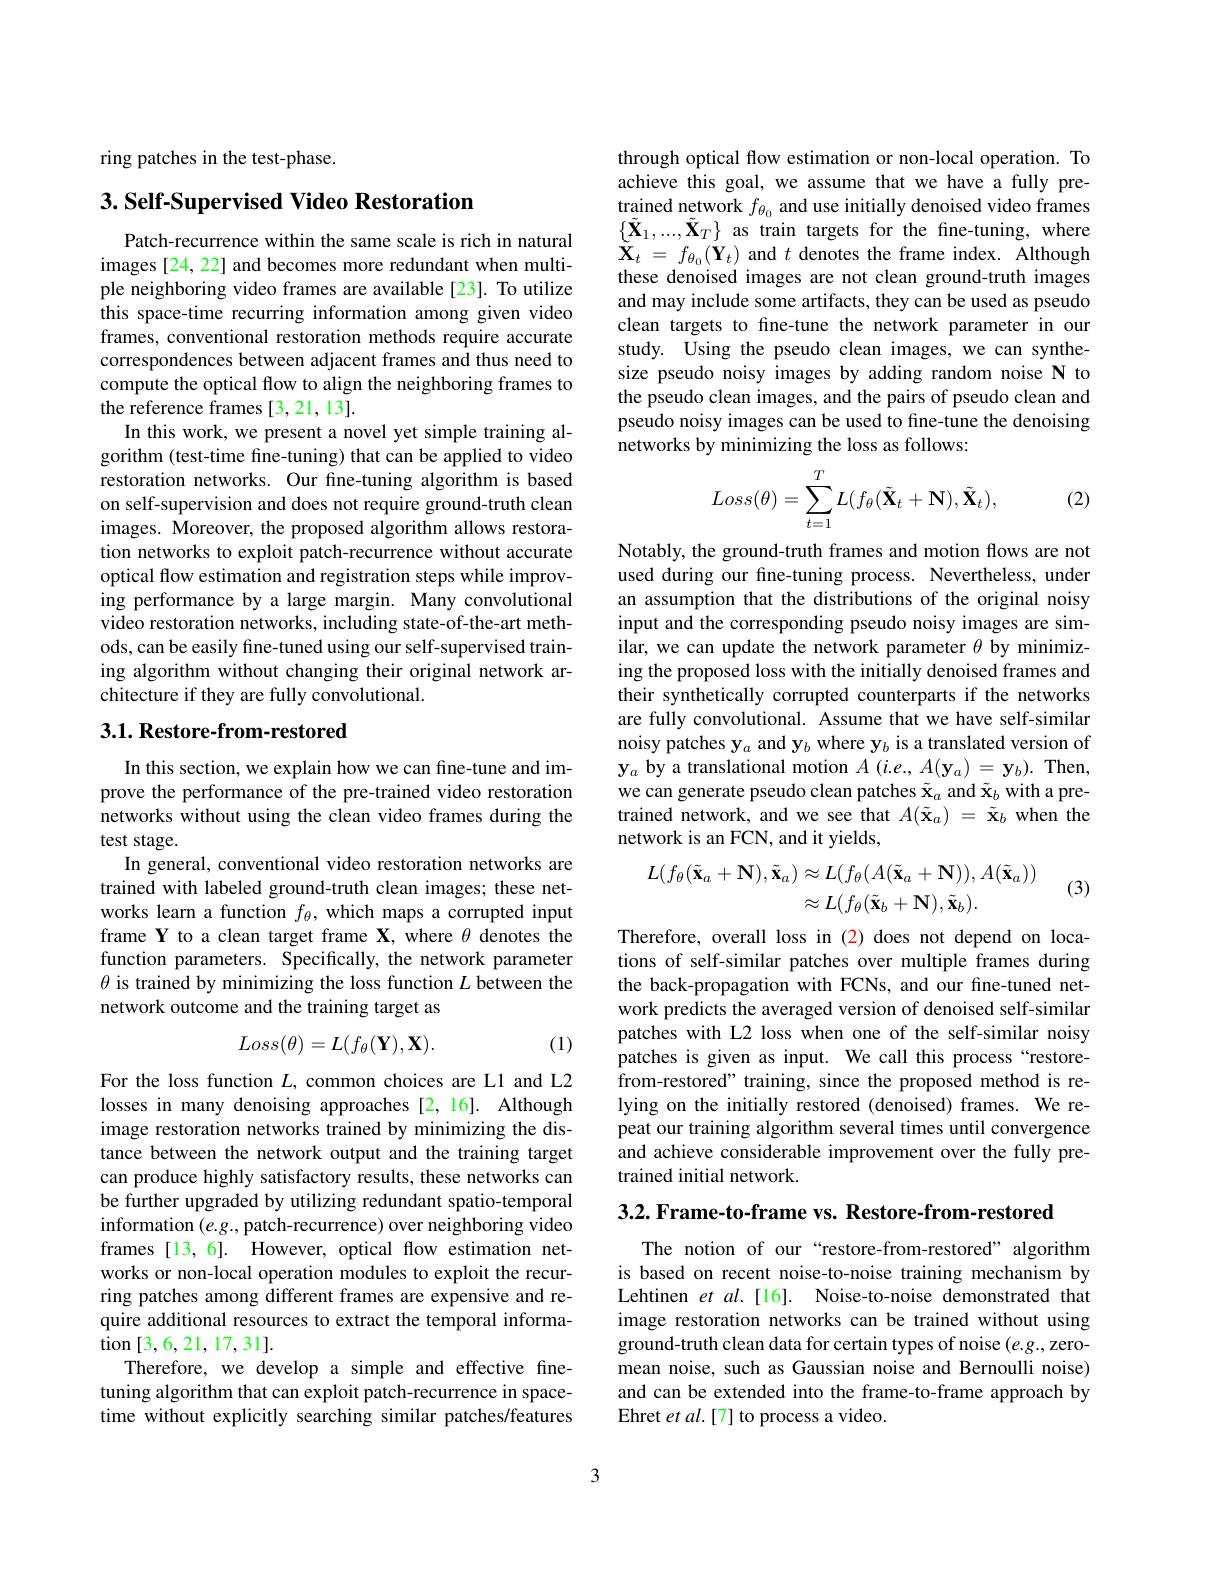
ring patches in the test-phase.

## 3. Self-Supervised Video Restoration

Patch-recurrence within the same scale is rich in natural images [24, 22] and becomes more redundant when multiple neighboring video frames are available [23]. To utilize this space-time recurring information among given video frames, conventional restoration methods require accurate correspondences between adjacent frames and thus need to compute the optical flow to align the neighboring frames to the reference frames [3,21,13].
In this work, we present a novel yet simple training algorithm (test-time fine-tuning) that can be applied to video restoration networks. Our fine-tuning algorithm is based on self-supervision and does not require ground-truth clean images. Moreover, the proposed algorithm allows restoration networks to exploit patch-recurrence without accurate optical flow estimation and registration steps while improving performance by a large margin. Many convolutional video restoration networks, including state-of-the-art methods, can be easily fine-tuned using our self-supervised training algorithm without changing their original network architecture if they are fully convolutional.

## $3. 1. \textbf{Restore- from- restored}$

In this section, we explain how we can fine-tune and improve the performance of the pre-trained video restoration networks without using the clean video frames during the test stage.
In general, conventional video restoration networks are trained with labeled ground-truth clean images; these networks learn a function $f_\theta$, which maps a corrupted input frame Y to a clean target frame X, where $\theta$ denotes the function parameters. Specifically, the network parameter $\theta$ is trained by minimizing the loss function $L$ between the network outcome and the training target as
$$Loss(\theta)=L(f_\theta(\mathbf{Y}),\mathbf{X}).$$
(1)

For the loss function $L$, common choices are L1 and L2 losses in many denoising approaches [2,16]. Although image restoration networks trained by minimizing the distance between the network output and the training target can produce highly satisfactory results, these networks can be further upgraded by utilizing redundant spatio-temporal information $(e.g.$,patch-recurrence) over neighboring video frames [13,6]. However, optical flow estimation networks or non-local operation modules to exploit the recurring patches among different frames are expensive and require additional resources to extract the temporal informa- $\operatorname{tion}[3,6,21,17,31].$
Therefore, we develop a simple and effective finetuning algorithm that can exploit patch-recurrence in spacetime without explicitly searching similar patches/features

through optical flow estimation or non-local operation. To achieve this goal, we assume that we have a fully pre- $\begin{array}{ll}\text{trained network }f_{\theta_0}\text{ and use initially denoised video frames}\\\{\tilde{\mathbf{X}}_1,\ldots,\tilde{\mathbf{X}}_T\}\text{ as train targets for the fine-tuning, where}\end{array}$ $\tilde{\mathbf{X} } _{t}$ = $f_{\theta _{0}}( \mathbf{Y} _{t})$ and $t$ denotes the frame index. Although these denoised images are not clean ground-truth images and may include some artifacts, they can be used as pseudo clean targets to fine-tune the network parameter in our study. Using the pseudo clean images, we can synthesize pseudo noisy images by adding random noise N to the pseudo clean images, and the pairs of pseudo clean and pseudo noisy images can be used to fine-tune the denoising networks by minimizing the loss as follows:

(2)
$$\begin{aligned}Loss(\theta)=\sum_{t=1}^TL(f_\theta(\tilde{\mathbf{X}}_t+\mathbf{N}),\tilde{\mathbf{X}}_t),\end{aligned}$$
Notably, the ground-truth frames and motion flows are not used during our fine-tuning process. Nevertheless, under an assumption that the distributions of the original noisy input and the corresponding pseudo noisy images are similar, we can update the network parameter $\theta$ by minimizing the proposed loss with the initially denoised frames and their synthetically corrupted counterparts if the networks are fully convolutional. Assume that we have self-similar noisy patches y$_a$ and y$_b$ where y$_b$ is a translated version of $\mathbf{y}_{a}$ by a translational motion $A$ (i.e., $A(\mathbf{y}_a)=\mathbf{y}_b).$ Then, we can generate pseudo clean patches $\tilde{\mathbf{x}}_a$ and $\tilde{\mathbf{x}}_b$ with a pretrained network, and we see that $A(\tilde{\mathbf{x}}_a)~=~\tilde{\mathbf{x}}_b~$when the network is an FCN, and it yields,
$$\begin{aligned}L(f_\theta(\tilde{\mathbf{x}}_a+\mathbf{N}),\tilde{\mathbf{x}}_a)&\approx L(f_\theta(A(\tilde{\mathbf{x}}_a+\mathbf{N})),A(\tilde{\mathbf{x}}_a))\\&\approx L(f_\theta(\tilde{\mathbf{x}}_b+\mathbf{N}),\tilde{\mathbf{x}}_b).\end{aligned}$$
(3)

Therefore, overall loss in (2) does not depend on locations of self-similar patches over multiple frames during the back-propagation with FCNs, and our fine-tuned network predicts the averaged version of denoised self-similar patches with L2 loss when one of the self-similar noisy patches is given as input. We call this process“restorefrom-restored" training, since the proposed method is relying on the initially restored (denoised) frames. We repeat our training algorithm several times until convergence and achieve considerable improvement over the fully pretrained initial network.

3.2. Frame-to-frame vs. Restore-from-restored

The notion of our“restore-from-restored”algorithm is based on recent noise-to-noise training mechanism by Lehtinen et al.[16]. Noise-to-noise demonstrated that image restoration networks can be trained without using ground-truth clean data for certain types of noise $(e.g.$,zeromean noise, such as Gaussian noise and Bernoulli noise) and can be extended into the frame-to-frame approach by Ehret et al.[7] to process a video.

3